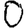
Digit: 0